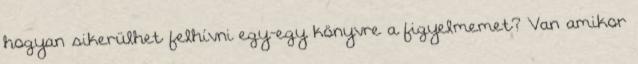
hogyan sikerülhet felhívni egy-egy könyvre a figyelmemet? Van amikor